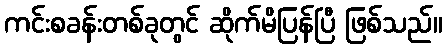
ကင်းစခန်းတစ်ခုတွင် ဆိုက်မိပြန်ပြီ ဖြစ်သည်။